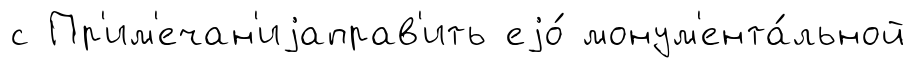
с Пр'им'ечан'иjаправ'ить еjо́ монум'ента́льной